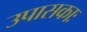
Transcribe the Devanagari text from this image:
उपासकाः